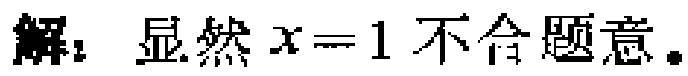
解：显然 \(x = 1\) 不合题意。